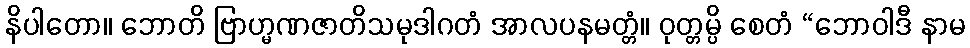
နိပါတော။ ဘောတိ ဗြာဟ္မဏဇာတိသမုဒါဂတံ အာလပနမတ္တံ။ ဝုတ္တမ္ပိ စေတံ “ဘောဝါဒီ နာမ